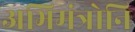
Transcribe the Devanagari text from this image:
अभिमंत्रोनि